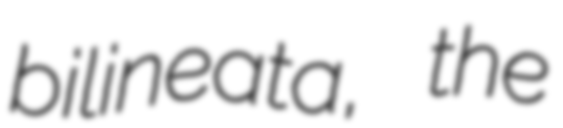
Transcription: bilineata, the